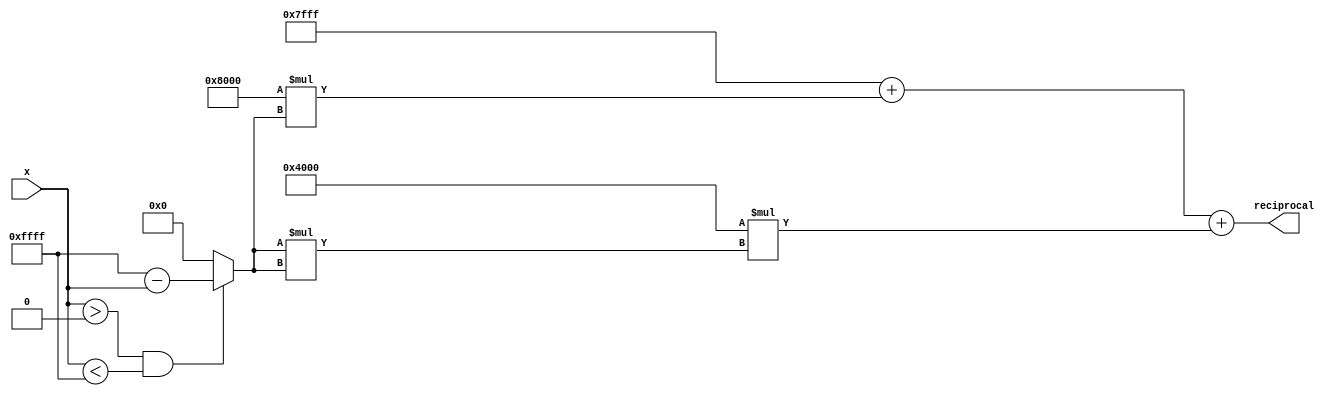
module poly_reciprocal (
    input wire [15:0] x,        // 16-bit input
    output reg [15:0] reciprocal // 16-bit output
);

    // Polynomial coefficients for the approximation
    // Example coefficients for R(x) = c0 + c1*x + c2*x^2
    parameter C0 = 16'h7FFF; // 1.0 in fixed-point
    parameter C1 = 16'h8000; // -1.0 in fixed-point
    parameter C2 = 16'h4000; // 0.5 in fixed-point

    // Internal signals
    reg [31:0] x_squared;      // x^2
    reg [31:0] poly_result;    // Polynomial result
    reg [15:0] scaled_x;       // Scaled input

    // Scaling the input to fit the polynomial approximation range
    always @(*) begin
        if (x > 16'h0000 && x < 16'hFFFF) begin
            scaled_x = 16'hFFFF - x; // Scale x to (1 - x)
        end else begin
            scaled_x = 16'h0000; // Handle out of range
        end
    end

    // Polynomial evaluation using Horner's method
    always @(*) begin
        // Calculate x^2
        x_squared = scaled_x * scaled_x;

        // Evaluate polynomial R(x) = C0 + C1*x + C2*x^2
        poly_result = C0 + (C1 * scaled_x) + (C2 * x_squared[15:0]); // Use only lower 16 bits of x^2
    end

    // Output the reciprocal
    always @(*) begin
        reciprocal = poly_result[15:0]; // Cast to 16-bit output
    end

endmodule